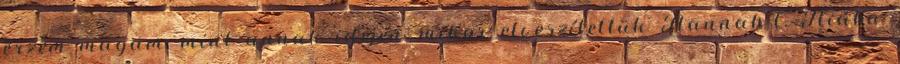
érzem magam, mint annak idején, mikor elveszítettük Hannah-t. Hiába